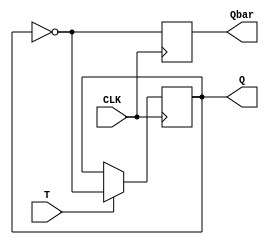
module T_FF_design (
    input T, CLK,
    output reg Q,
    output reg Qbar
);

    always @(posedge CLK) begin
        if (T)
            Q <= ~Q;
        Qbar <= ~Q;
    end

endmodule